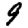
Digit: 9